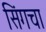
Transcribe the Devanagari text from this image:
सिंगचा